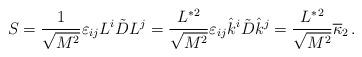
LaTeX: \begin{align*}S = { 1 \over\sqrt{M^2}} \varepsilon_{ij} L^i \tilde{D} L^j ={L^*{}^2 \over\sqrt{M^2}} \varepsilon_{ij} \hat{k}^i \tilde{D} \hat{k}^j = {L^*{}^2 \over \sqrt{M^2}} \overline\kappa_2 \,.\end{align*}